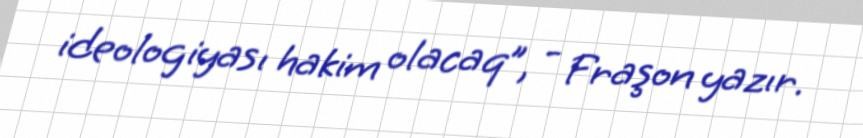
ideologiyası hakim olacaq”, - Fraşon yazır.